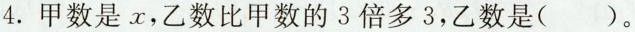
4.甲数是x，乙数比甲数的3倍多3，乙数是()。